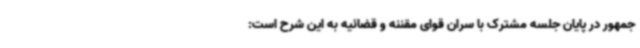
جمهور در پایان جلسه مشترک با سران قوای مقننه و قضائیه به این شرح است: